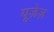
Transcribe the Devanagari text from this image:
यूज़ेज़